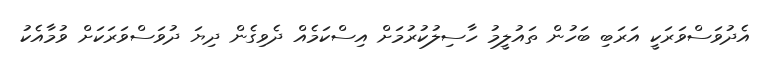
އެދުވަސްވަރަކީ އަރަބި ބަހުން ތައުލީމު ހާސިލުކުރުމަށް އިސްކަމެއް ދެވިގެން ދިޔަ ދުވަސްވަރަކަށް ވުމާއެކު